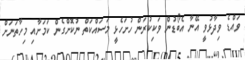
ވައްޑެ ވިދާޅުވީ އޭނާ އެބޯޑުން ވަކިކުރަން ހުށަހެޅީ މަސައްކަތް ނުކޮށްގެން ކަމަށާއި މިހާތަނަށް